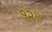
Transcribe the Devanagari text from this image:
१२॥